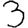
Digit: 3